Vaccination in Bombay 1874-1876 - 1874-1876
Year: 1874
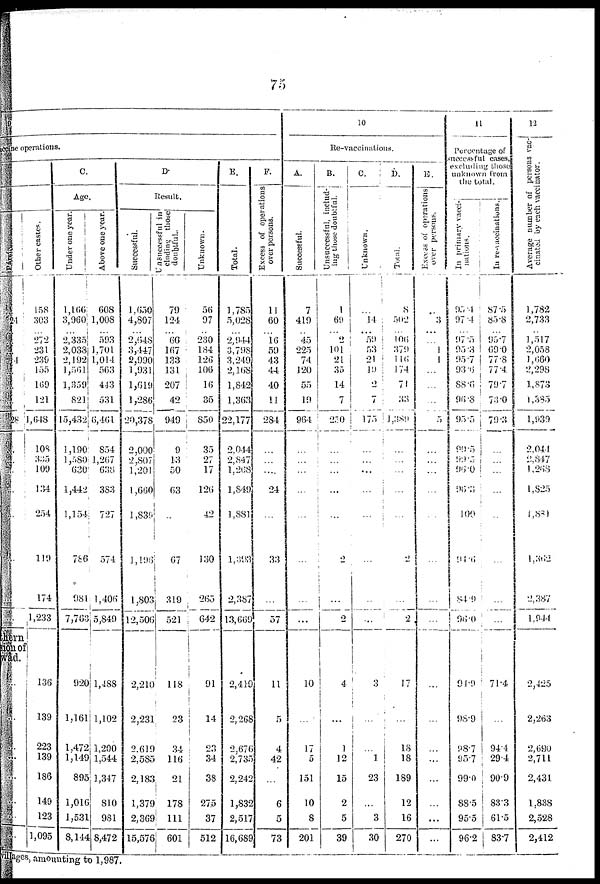
75
vaccine operations.
4
...
...
...
4
28
thern
sion of
wad
Other castes.
158
303
...
272
231
239
155
169
121
1,618
108
335
109
134
254
119
174
1,233
136
139
223
139
186
149
123
1,095
C.
Age.
Under one year.
1,166
3,960
...
2,335
2,038
2,192
1,561
1,359
821
15,432
1,190
1,580
630
1,442
1,154
786
981
7,763
920
1,161
1,472
1,149
895
1,016
1,531
8,144
Above one year.
608
1,008
...
593
1,701
1,014
563
443
531
6,461
854
1,267
638
383
727
574
1,406
5,849
1,488
1,102
1,200
1,544
1,347
810
981
8,472
D.
Result.
Successful.
1,650
4,807
...
2,648
3,447
2,990
1,931
1,619
1,286
20,378
2,000
2,807
1,201
1,660
1,839
1,196
1,803
12,506
2,210
2,231
2,619
2,585
2,183
1,379
2,369
15,576
Unsuccessful in
cluding those
doubtful.
79
124
...
66
167
133
131
207
42
949
9
13
50
63
...
67
319
521
118
23
34
116
21
178
111
601
Unknown.
56
97
...
230
184
126
106
16
35
850
35
27
17
126
42
130
265
642
91
14
23
34
38
275
37
512
E.
Total.
1,785
5,028
...
2,944
3,798
3,249
2,168
1,842
1,363
22,177
2,044
2,847
1,268
1,849
1,881
1,393
2,387
13,669
2,419
2,268
2,676
2,735
2,242
1,832
2,517
16,689
F.
Excess of operations
over persons.
11
60
...
16
59
43
44
40
11
284
...
...
...
24
...
33
...
57
11
5
4
42
...
6
5
73
10
Re-vaccinations.
A.
Successful.
7
419
...
45
225
74
120
55
19
964
...
...
...
...
...
...
...
...
10
...
17
5
151
10
8
201
B.
Unsuccessful, includ¬
ing those doubtful.
1
69
...
2
101
21
35
14
7
2.10
...
...
...
...
...
2
...
2
4
...
1
12
15
2
5
39
C.
Unknown.
...
14
...
59
53
21
19
2
7
175
...
...
...
...
...
...
...
...
3
...
...
1
23
...
3
30
D.
Total.
8
502
...
106
379
116
174
71
33
1,389
...
...
...
...
...
2
...
2
17
...
18
18
189
12
16
270
E.
Excess of operations
over persons.
...
3
...
...
1
1
...
...
...
5
...
...
...
...
...
...
...
...
...
...
...
...
...
...
...
...
11
Percentage of
successful cases,
excluding those
unknown from
the total.
In primary vacci-
nations.
95.4
97.4
...
97.5
95.3
95.7
93.6
88.6
96.8
95.5
99.5
99.5
96.0
96.3
100
94.6
84.9
96.0
91.9
98.9
98.7
95.7
99.0
88.5
95.5
96.2
In re-vaccinations.
87.5
85.8
...
95.7
69.0
77.8
77.4
79.7
73.0
79.3
...
...
...
...
...
...
...
...
71.4
...
94.4
29.4
90.9
83.3
61.5
83.7
12
Average number of persons vac-
cinated by each vaccinator.
1,782
2,733
...
1,517
2,058
1, 660
2,298
1,873
1,385
1,939
2,044
2,847
1,268
1,825
1,881
1,362
2,387
1,944
2,425
2,263
2,690
2,711
2,431
1,838
2,528
2,412
Pages, amounting to 1,987.